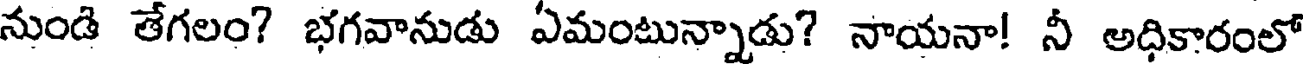
నుండి తేగలం? భగవానుడు ఏమంటున్నాడు? నాయనా! నీ అధికారంలో